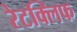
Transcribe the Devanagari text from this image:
रेटक्लिफ